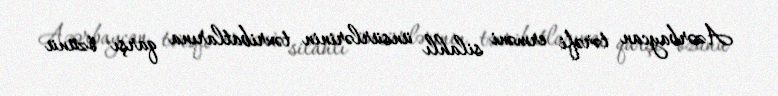
Azərbaycan tərəfi erməni silahlı ünsürlərinin təxribatlarına qarşı özünü